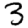
Digit: 3